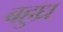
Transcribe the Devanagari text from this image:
बहुध्र